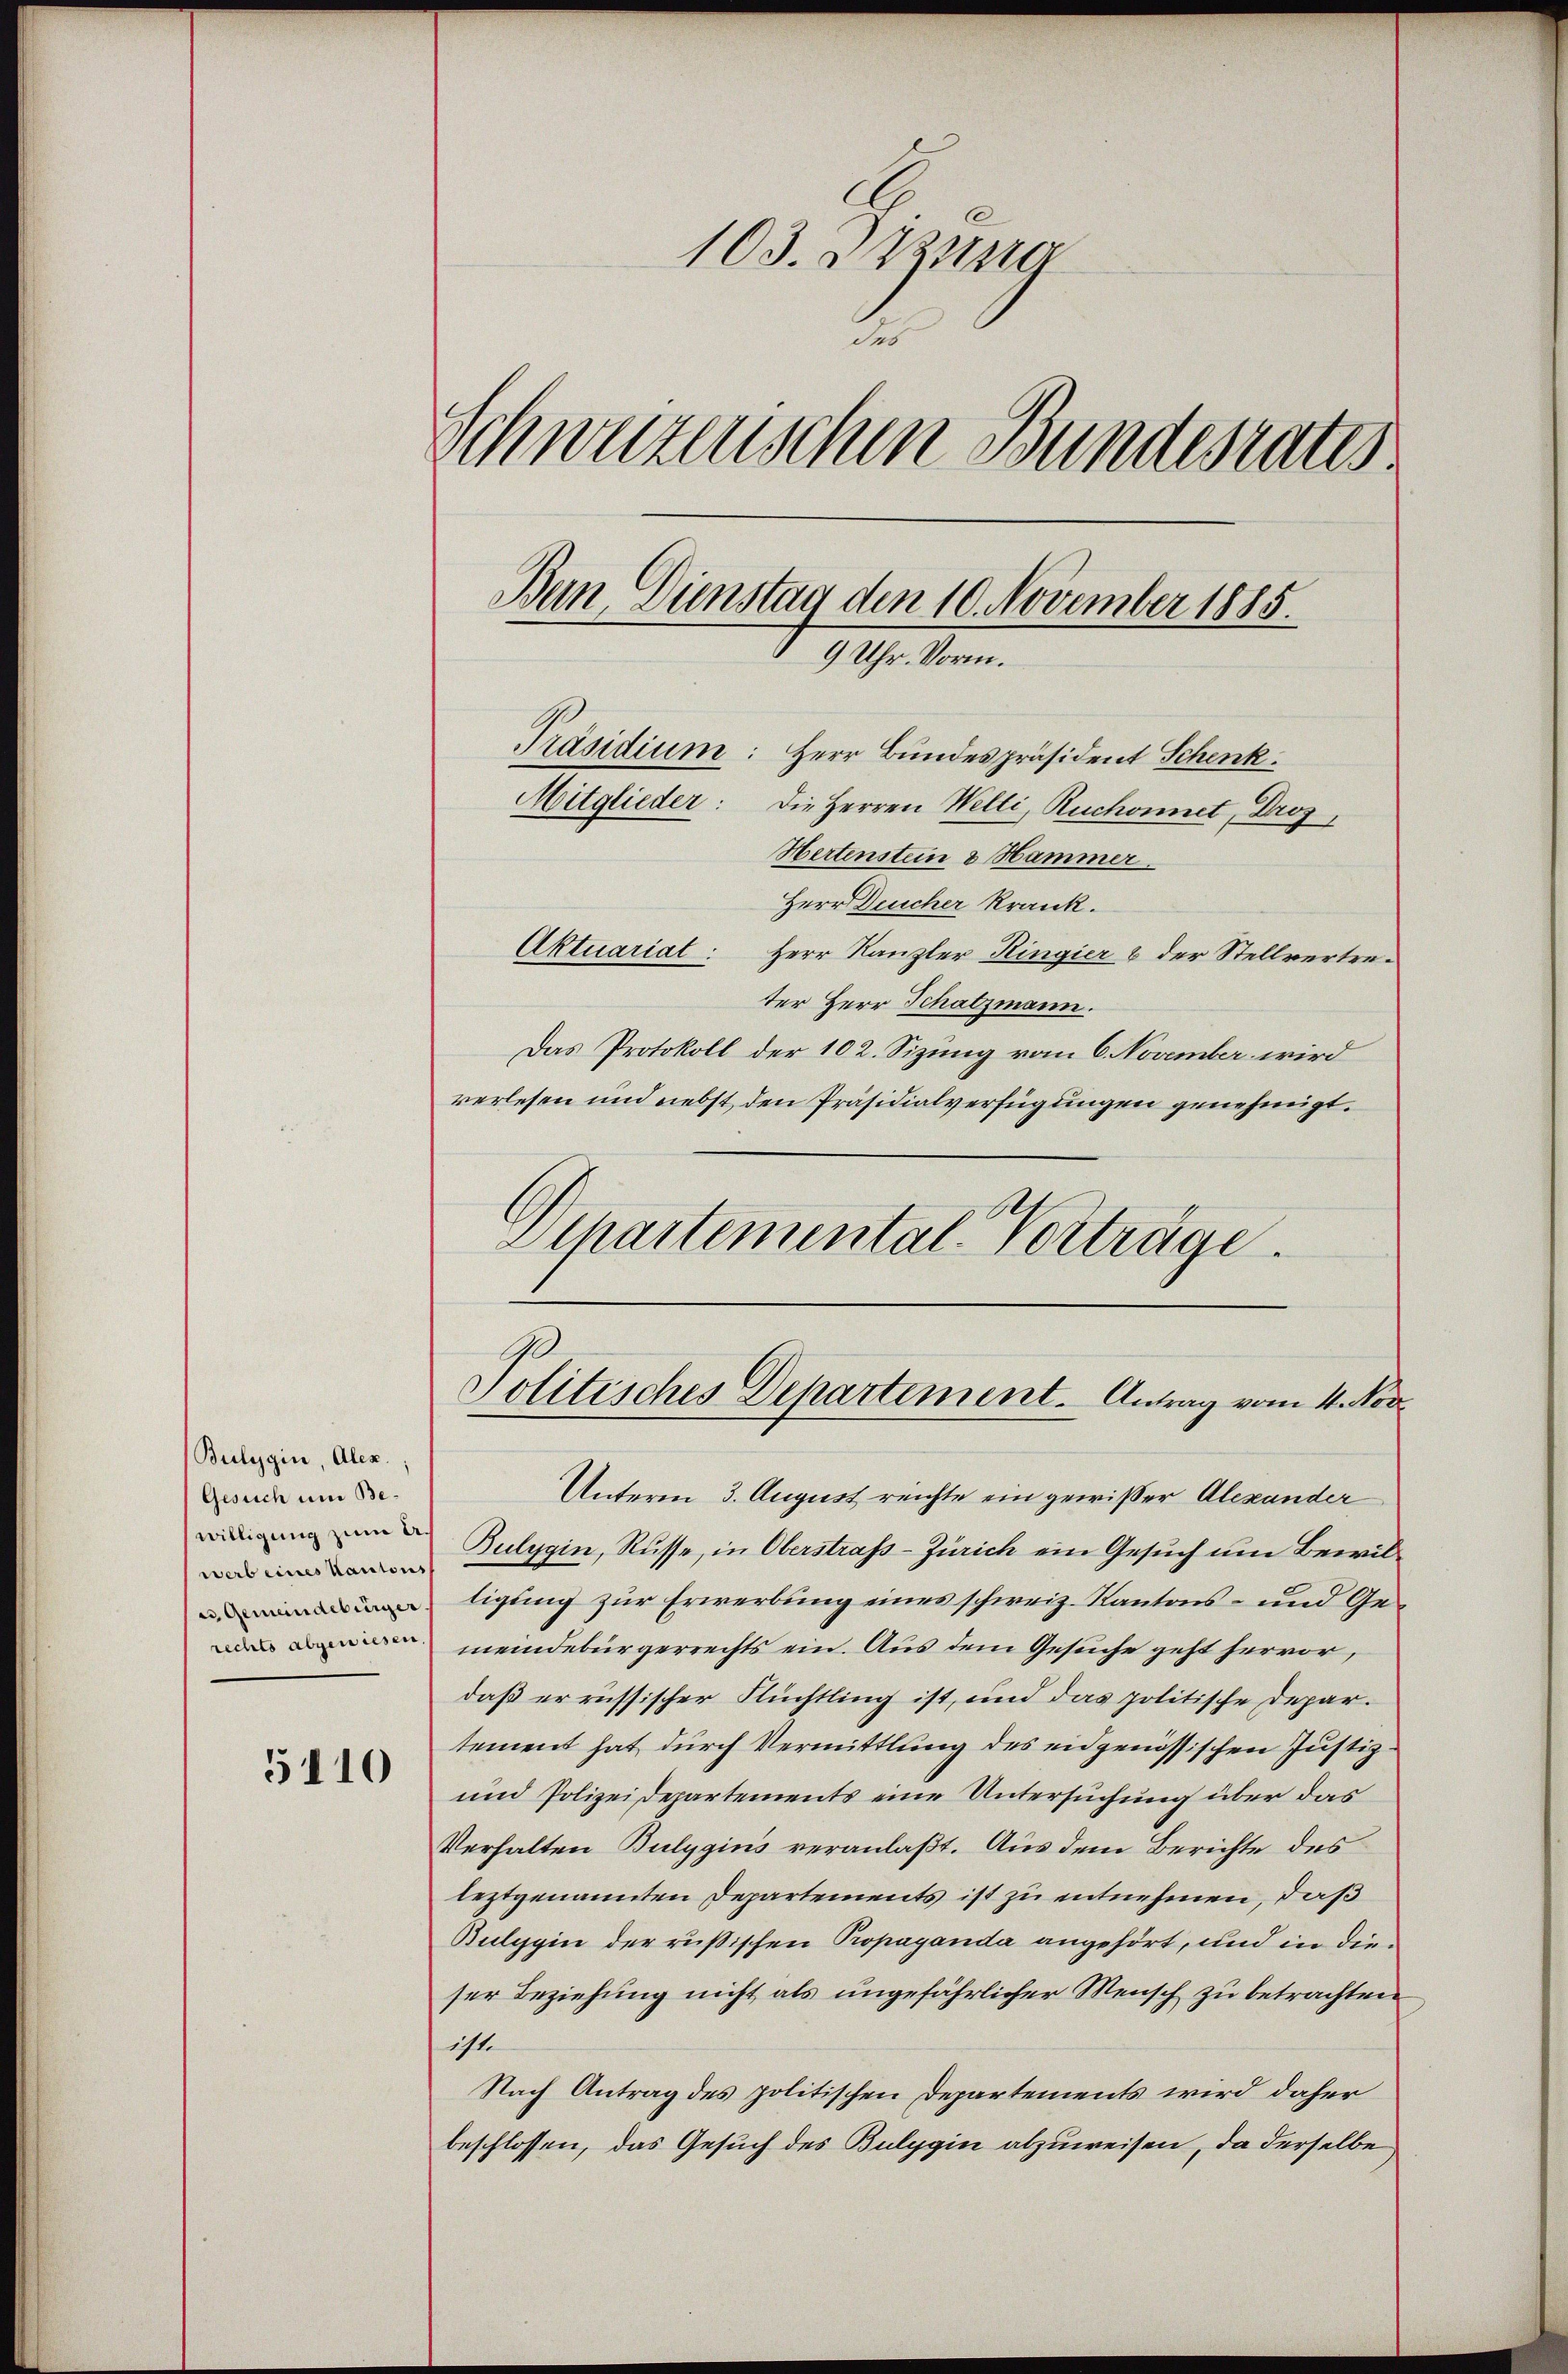
Bulygin, Alex.;
Gesuch um Bewilligung zum Ar
werb eines Kanton
es Gemeindebürger

5110

103. Zusta
Schweizenschen Bundesrates
Bain, Dienstag den 10. November 1885.
9 Uhr. Vorm.
Präsidium: Herr Bundespräsident Schenk
Mitglieder: Die Herren Welti, Ruchonnet, Droz
Hertenstein & Hammer
Herr Deucher krank.

Aktuariat: Herr Kanzler Ringier & der Stellvertreter Herr Schatzmann.
Das Protokoll der 102. Sizung vom 6. November wird
verlesen und nebst den Präsidialverfügungen genehmigt.
Dchartemental-Vorträge.

Politisches Departement. Antrag vom 4. Nov

Unterm 3. August reichte ein gewißer Alexander
Bulygin, Russe, in Oberstrass-Zürich ein Gesuch um Bewilligung zur Erwerbung eines schweiz. Kantons- und Ge¬
 meindebürgerrechts ein. Aus dem Gesuche geht hervor,
daß er russischer Flüchtling ist, und das politische Departement hat durch Vermittlung des eidgenössischen Justiz¬
und Polizeidepartements eine Untersuchung über das
Verhalten Bulygins veranlaßt. Aus dem Berichte des
leztgenannten Departements ist zu entnehmen, daß
Bulygin der rußischen Propaganda angehört, und in dieser Beziehung nicht als ungefährlicher Mensch zu betrachten
ist.
Nach Antrag des politischen Departements wird daher
beschlossen, das Gesuch des Bulygin abzuweisen, da derselbe